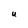
Character: U